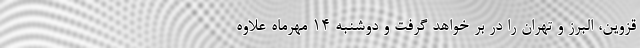
قزوین، البرز و تهران را در بر خواهد گرفت و دوشنبه ۱۴ مهرماه علاوه